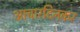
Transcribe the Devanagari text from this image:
आचारदिनकर